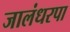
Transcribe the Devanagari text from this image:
जालंधरपा